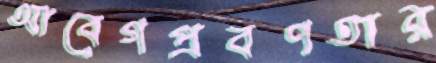
আবেগপ্রবণতার